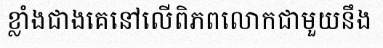
ខ្លាំងជាងគេនៅលើពិភពលោកជាមួយនឹង